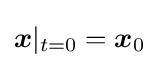
{\boldsymbol {x}}|_{t=0}={\boldsymbol {x}}_{0}